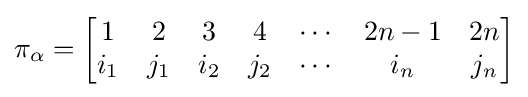
\pi _{\alpha }={\begin{bmatrix}1&2&3&4&\cdots &2n-1&2n\\i_{1}&j_{1}&i_{2}&j_{2}&\cdots &i_{n}&j_{n}\end{bmatrix}}